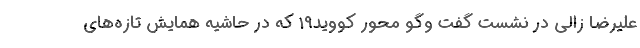
علیرضا زالی در نشست گفت وگو محور کووید۱۹ که در حاشیه همایش تازه‌های